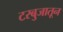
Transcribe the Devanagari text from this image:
टरबुजातून